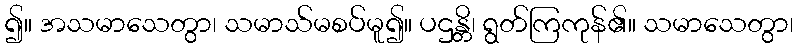
၍။ အသမာသေတွာ၊ သမာသ်မစပ်မူ၍။ ပဌန္တိ၊ ရွတ်ကြကုန်၏။ သမာသေတွာ၊